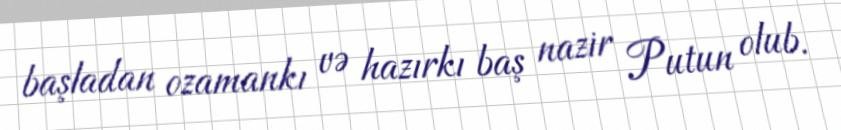
başladan ozamankı və hazırkı baş nazir Putun olub.